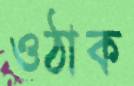
ওঠাক